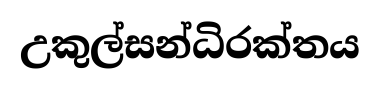
උකුල්සන්ධිරක්තය